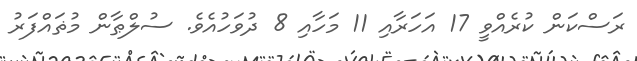
ރަސްކަން ކުރެއްވީ 17 އަހަރާއި 11 މަހާއި 8 ދުވަހުއެވެ. ސުލްޠާން މުޡައްފަރު